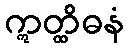
ဣတ္ထိဓနံ